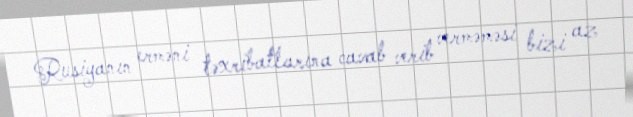
Rusiyanın erməni təxribatlarına cavab verib verməməsi bizi az